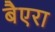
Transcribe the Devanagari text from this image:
बैएरा